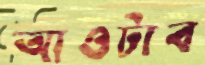
আওটাব